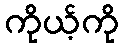
ကိုယ့်ကို